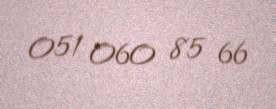
051 060 85 66